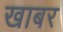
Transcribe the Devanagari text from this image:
खाबर